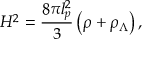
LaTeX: H ^ { 2 } = \frac { 8 \pi l _ { p } ^ { 2 } } { 3 } \left( \rho + \rho _ { \Lambda } \right) ,